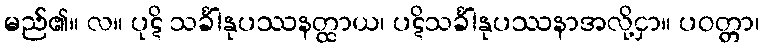
မည်၏။ လ။ ပုဋိ သင်္ခါနုပဿနတ္ထာယ၊ ပဋိသင်္ခါနုပဿနာအလို့ငှာ။ ပဝတ္တာ၊